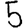
Digit: 5